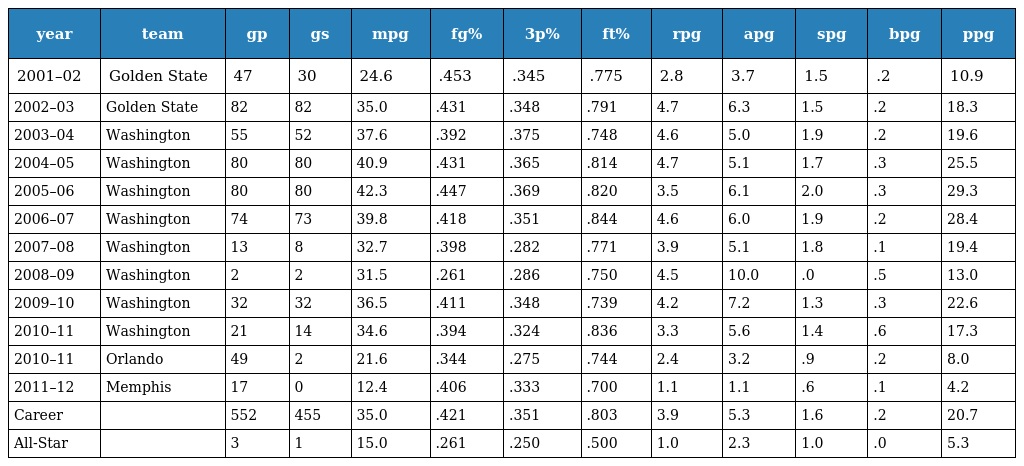
| year | team | gp | gs | mpg | fg% | 3p% | ft% | rpg | apg | spg | bpg | ppg |
 | --- | --- | --- | --- | --- | --- | --- | --- | --- | --- | --- | --- | --- |
 | 2001–02 | Golden State | 47 | 30 | 24.6 | .453 | .345 | .775 | 2.8 | 3.7 | 1.5 | .2 | 10.9 |
 | 2002–03 | Golden State | 82 | 82 | 35.0 | .431 | .348 | .791 | 4.7 | 6.3 | 1.5 | .2 | 18.3 |
 | 2003–04 | Washington | 55 | 52 | 37.6 | .392 | .375 | .748 | 4.6 | 5.0 | 1.9 | .2 | 19.6 |
 | 2004–05 | Washington | 80 | 80 | 40.9 | .431 | .365 | .814 | 4.7 | 5.1 | 1.7 | .3 | 25.5 |
 | 2005–06 | Washington | 80 | 80 | 42.3 | .447 | .369 | .820 | 3.5 | 6.1 | 2.0 | .3 | 29.3 |
 | 2006–07 | Washington | 74 | 73 | 39.8 | .418 | .351 | .844 | 4.6 | 6.0 | 1.9 | .2 | 28.4 |
 | 2007–08 | Washington | 13 | 8 | 32.7 | .398 | .282 | .771 | 3.9 | 5.1 | 1.8 | .1 | 19.4 |
 | 2008–09 | Washington | 2 | 2 | 31.5 | .261 | .286 | .750 | 4.5 | 10.0 | .0 | .5 | 13.0 |
 | 2009–10 | Washington | 32 | 32 | 36.5 | .411 | .348 | .739 | 4.2 | 7.2 | 1.3 | .3 | 22.6 |
 | 2010–11 | Washington | 21 | 14 | 34.6 | .394 | .324 | .836 | 3.3 | 5.6 | 1.4 | .6 | 17.3 |
 | 2010–11 | Orlando | 49 | 2 | 21.6 | .344 | .275 | .744 | 2.4 | 3.2 | .9 | .2 | 8.0 |
 | 2011–12 | Memphis | 17 | 0 | 12.4 | .406 | .333 | .700 | 1.1 | 1.1 | .6 | .1 | 4.2 |
 | Career |  | 552 | 455 | 35.0 | .421 | .351 | .803 | 3.9 | 5.3 | 1.6 | .2 | 20.7 |
 | All-Star |  | 3 | 1 | 15.0 | .261 | .250 | .500 | 1.0 | 2.3 | 1.0 | .0 | 5.3 |